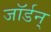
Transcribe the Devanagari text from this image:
जॉर्डन्